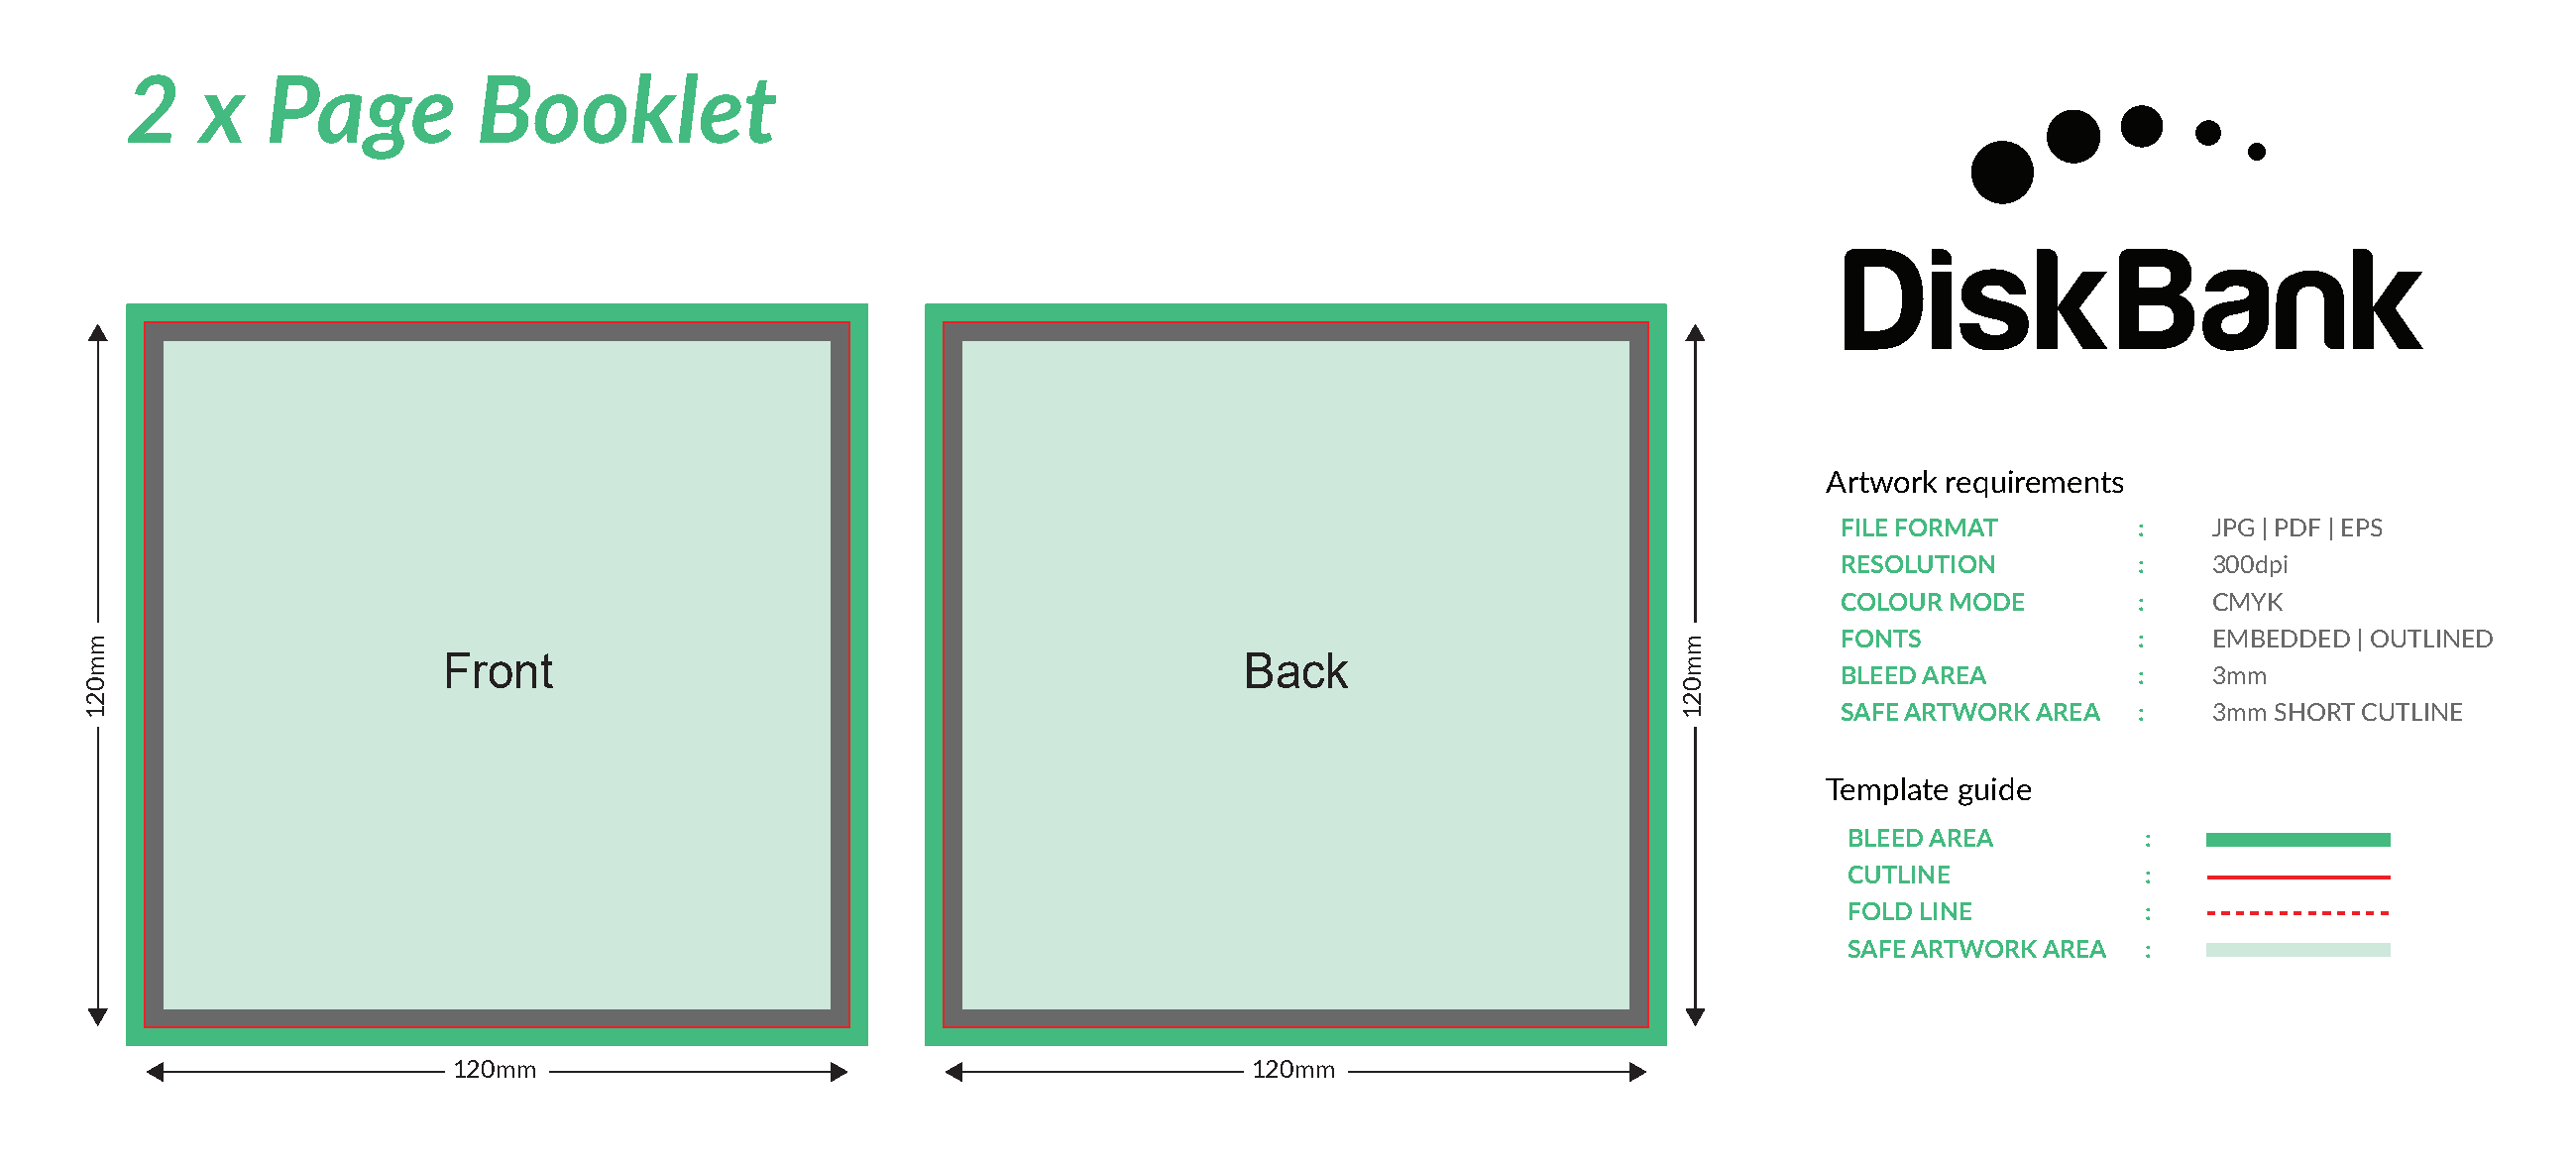
2    x    Page          Booklet
 Artwork requirements
 FILE FORMAT         :    JPG | PDF | EPS
 RESOLUTION          :    300dpi
 COLOUR MODE         :    CMYK
 FONTS               :    EMBEDDED | OUTLINED
 Front                                                Back
 BLEED AREA          :    3mm
 SAFE ARTWORK AREA   :    3mm SHORT CUTLINE
 Template guide
 BLEED AREA          :
 CUTLINE             :
 FOLD LINE           :
 SAFE ARTWORK AREA   :
 120mm                                                 120mm
 mm021                                                                                                     mm021